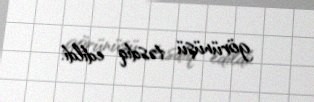
görünüşü təsdiq edildi.